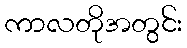
ကာလတိုအတွင်း